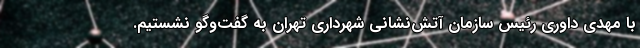
با مهدی داوری رئیس سازمان آتش‌نشانی شهرداری تهران به گفت‌وگو نشستیم.